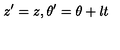
z ^ { \prime } = z , \theta ^ { \prime } = \theta + l t